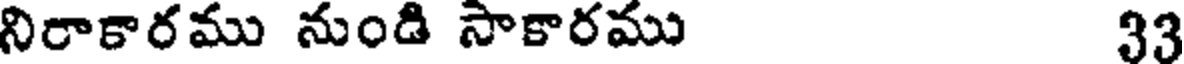
నిరాకారము నుండి సాకారము 33